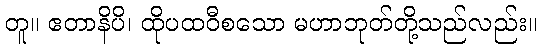
တူ။ ဧတာနိပိ၊ ထိုပထဝီစသော မဟာဘုတ်တို့သည်လည်း။